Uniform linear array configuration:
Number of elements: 12
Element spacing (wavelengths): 0.75
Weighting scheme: binomial
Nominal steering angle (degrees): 15
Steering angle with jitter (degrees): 14.754
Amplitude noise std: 0.05
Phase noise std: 0.05

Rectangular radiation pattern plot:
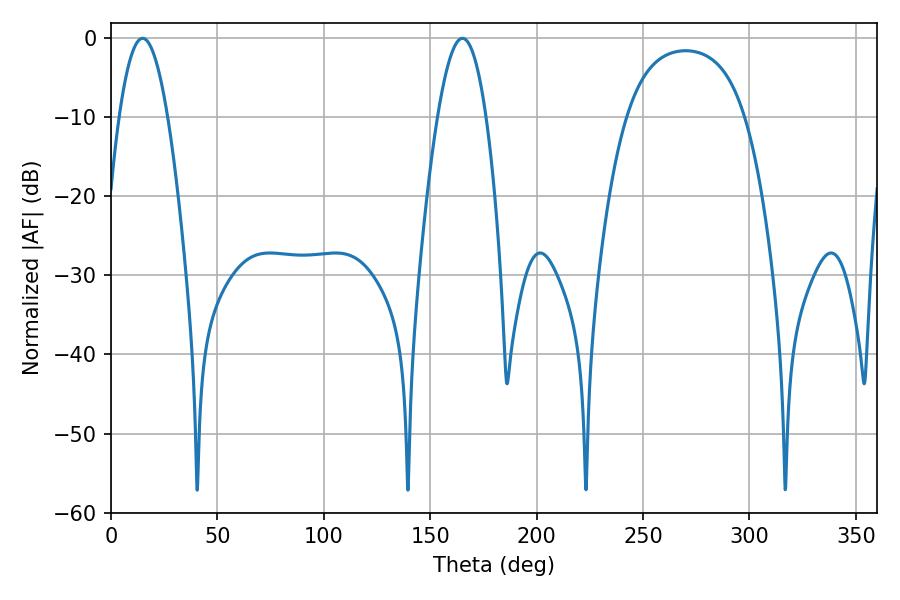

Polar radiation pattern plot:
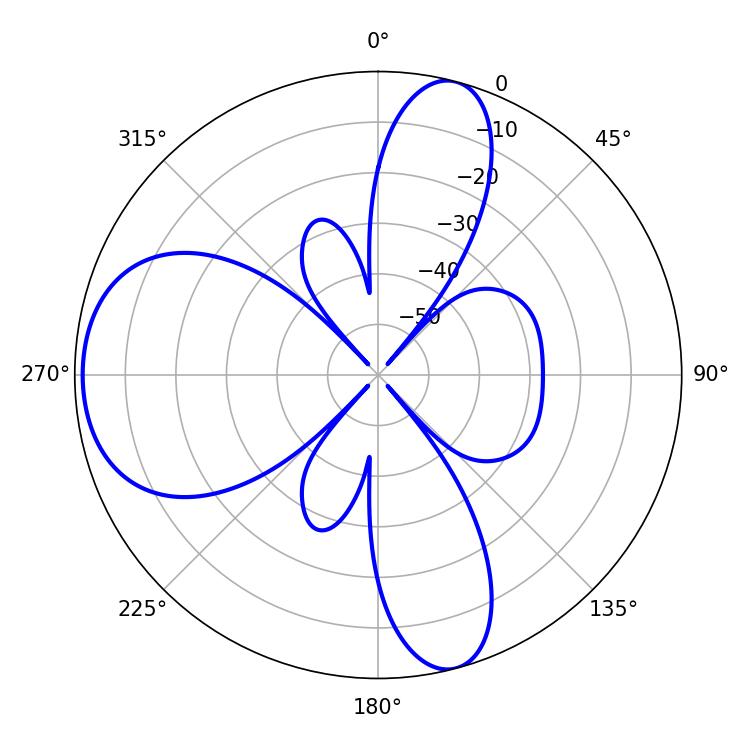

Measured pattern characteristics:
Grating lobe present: TRUE
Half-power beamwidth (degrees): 12.6
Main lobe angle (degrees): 14.76